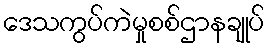
ဒေသကွပ်ကဲမှုစစ်ဌာနချုပ်